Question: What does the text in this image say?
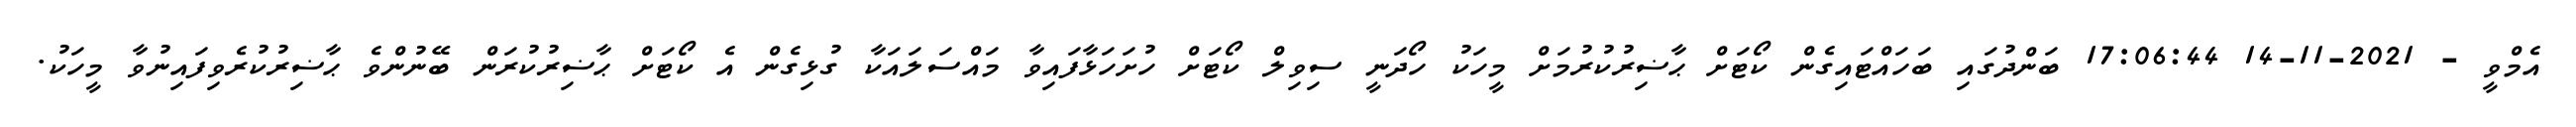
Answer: އެމްވީ - 2021-11-14 17:06:44 ބަންދުގައި ބަހައްޓައިގެން ކޯޓަށް ޙާޟިރުކުރުމަށް މީހަކު ހޯދަނީ ސިވިލް ކޯޓަށް ހުށަހަޅާފައިވާ މައްސަލައަކާ ގުޅިގެން އެ ކޯޓަށް ޙާޟިރުކުރަން ބޭނުންވެ ޙާޟިރުކުރެވިފައިނުވާ މީހަކު.